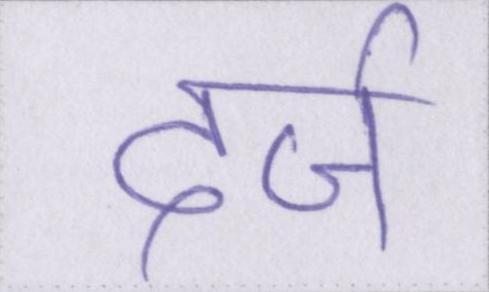
दर्ज